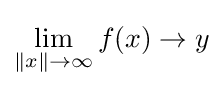
\lim _{\|x\|\to \infty }f(x)\to y